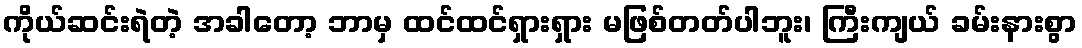
ကိုယ်ဆင်းရဲတဲ့ အခါတော့ ဘာမှ ထင်ထင်ရှားရှား မဖြစ်တတ်ပါဘူး၊ ကြီးကျယ် ခမ်းနားစွာ